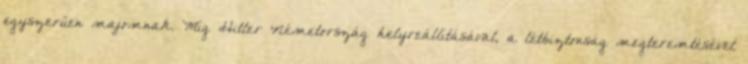
egyszerűen majomnak. Míg Hitler Németország helyreállításával, a létbiztonság megteremtésével